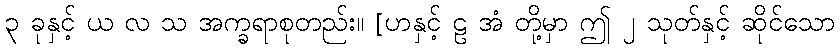
၃ ခုနှင့် ယ လ သ အက္ခရာစုတည်း။ [ဟနှင့် ဠ အံ တို့မှာ ဤ ၂ သုတ်နှင့် ဆိုင်သော